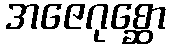
အဇေဂုစ္ဆော